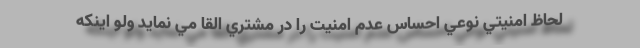
لحاظ امنيتي نوعي احساس عدم امنيت را در مشتري القا مي نمايد ولو اينكه